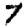
Digit: 7